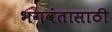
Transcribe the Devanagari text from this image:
भगवंतासाठी